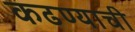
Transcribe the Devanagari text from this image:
कढण्याची